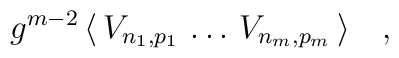
g^{m-2}\,\langle\, V_{n_1, p_1}\,\dots\,V_{n_m, p_m}\,\rangle\quad,